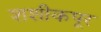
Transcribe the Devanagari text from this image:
शशीकपूर